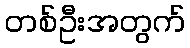
တစ်ဦးအတွက်